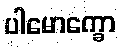
ပါမောက္ခော